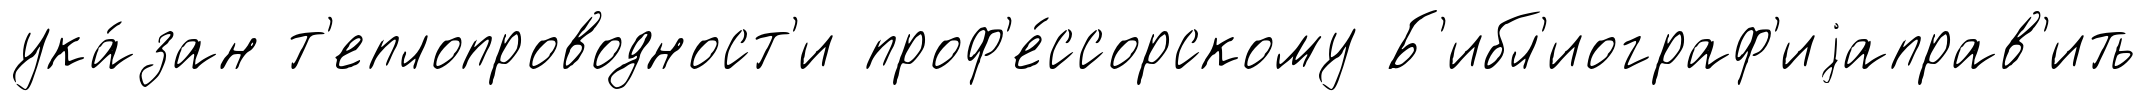
ука́зан т'еплопроводност'и проф'е́ссорскому Б'ибл'иограф'иjаправ'ить